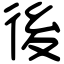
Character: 後